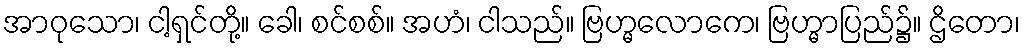
အာဝုသော၊ ငါ့ရှင်တို့။ ခေါ၊ စင်စစ်။ အဟံ၊ ငါသည်။ ဗြဟ္မလောကေ၊ ဗြဟ္မာပြည်၌။ ဌိတော၊